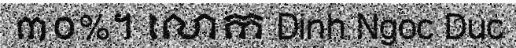
៣០%។ លោក Dinh Ngoc Duc